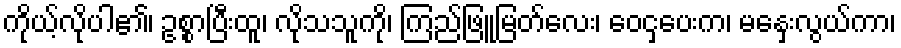
ကိုယ့်လိုပါ၏၊ ဥစ္စာပြီးထူ၊ လိုသသူကို၊ ကြည်ဖြူမြတ်လေး၊ ဝေငှပေးက၊ မနှေးလွယ်ကာ၊